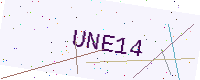
Text: UNE14